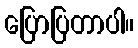
ပြောပြတာပါ။